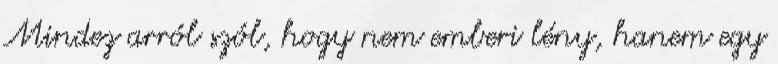
Mindez arról szól, hogy nem emberi lény, hanem egy